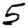
Digit: 5